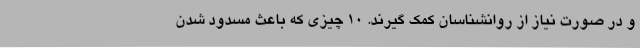
و در صورت نیاز از روانشناسان کمک گیرند. ۱۰ چیزی که باعث مسدود شدن